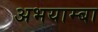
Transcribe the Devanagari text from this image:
अभयाम्बा